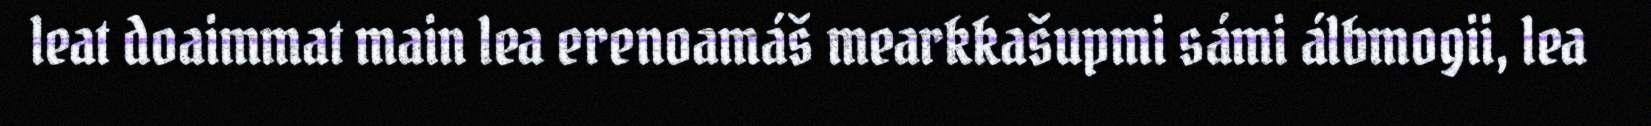
leat doaimmat main lea erenoamáš mearkkašupmi sámi álbmogii, lea